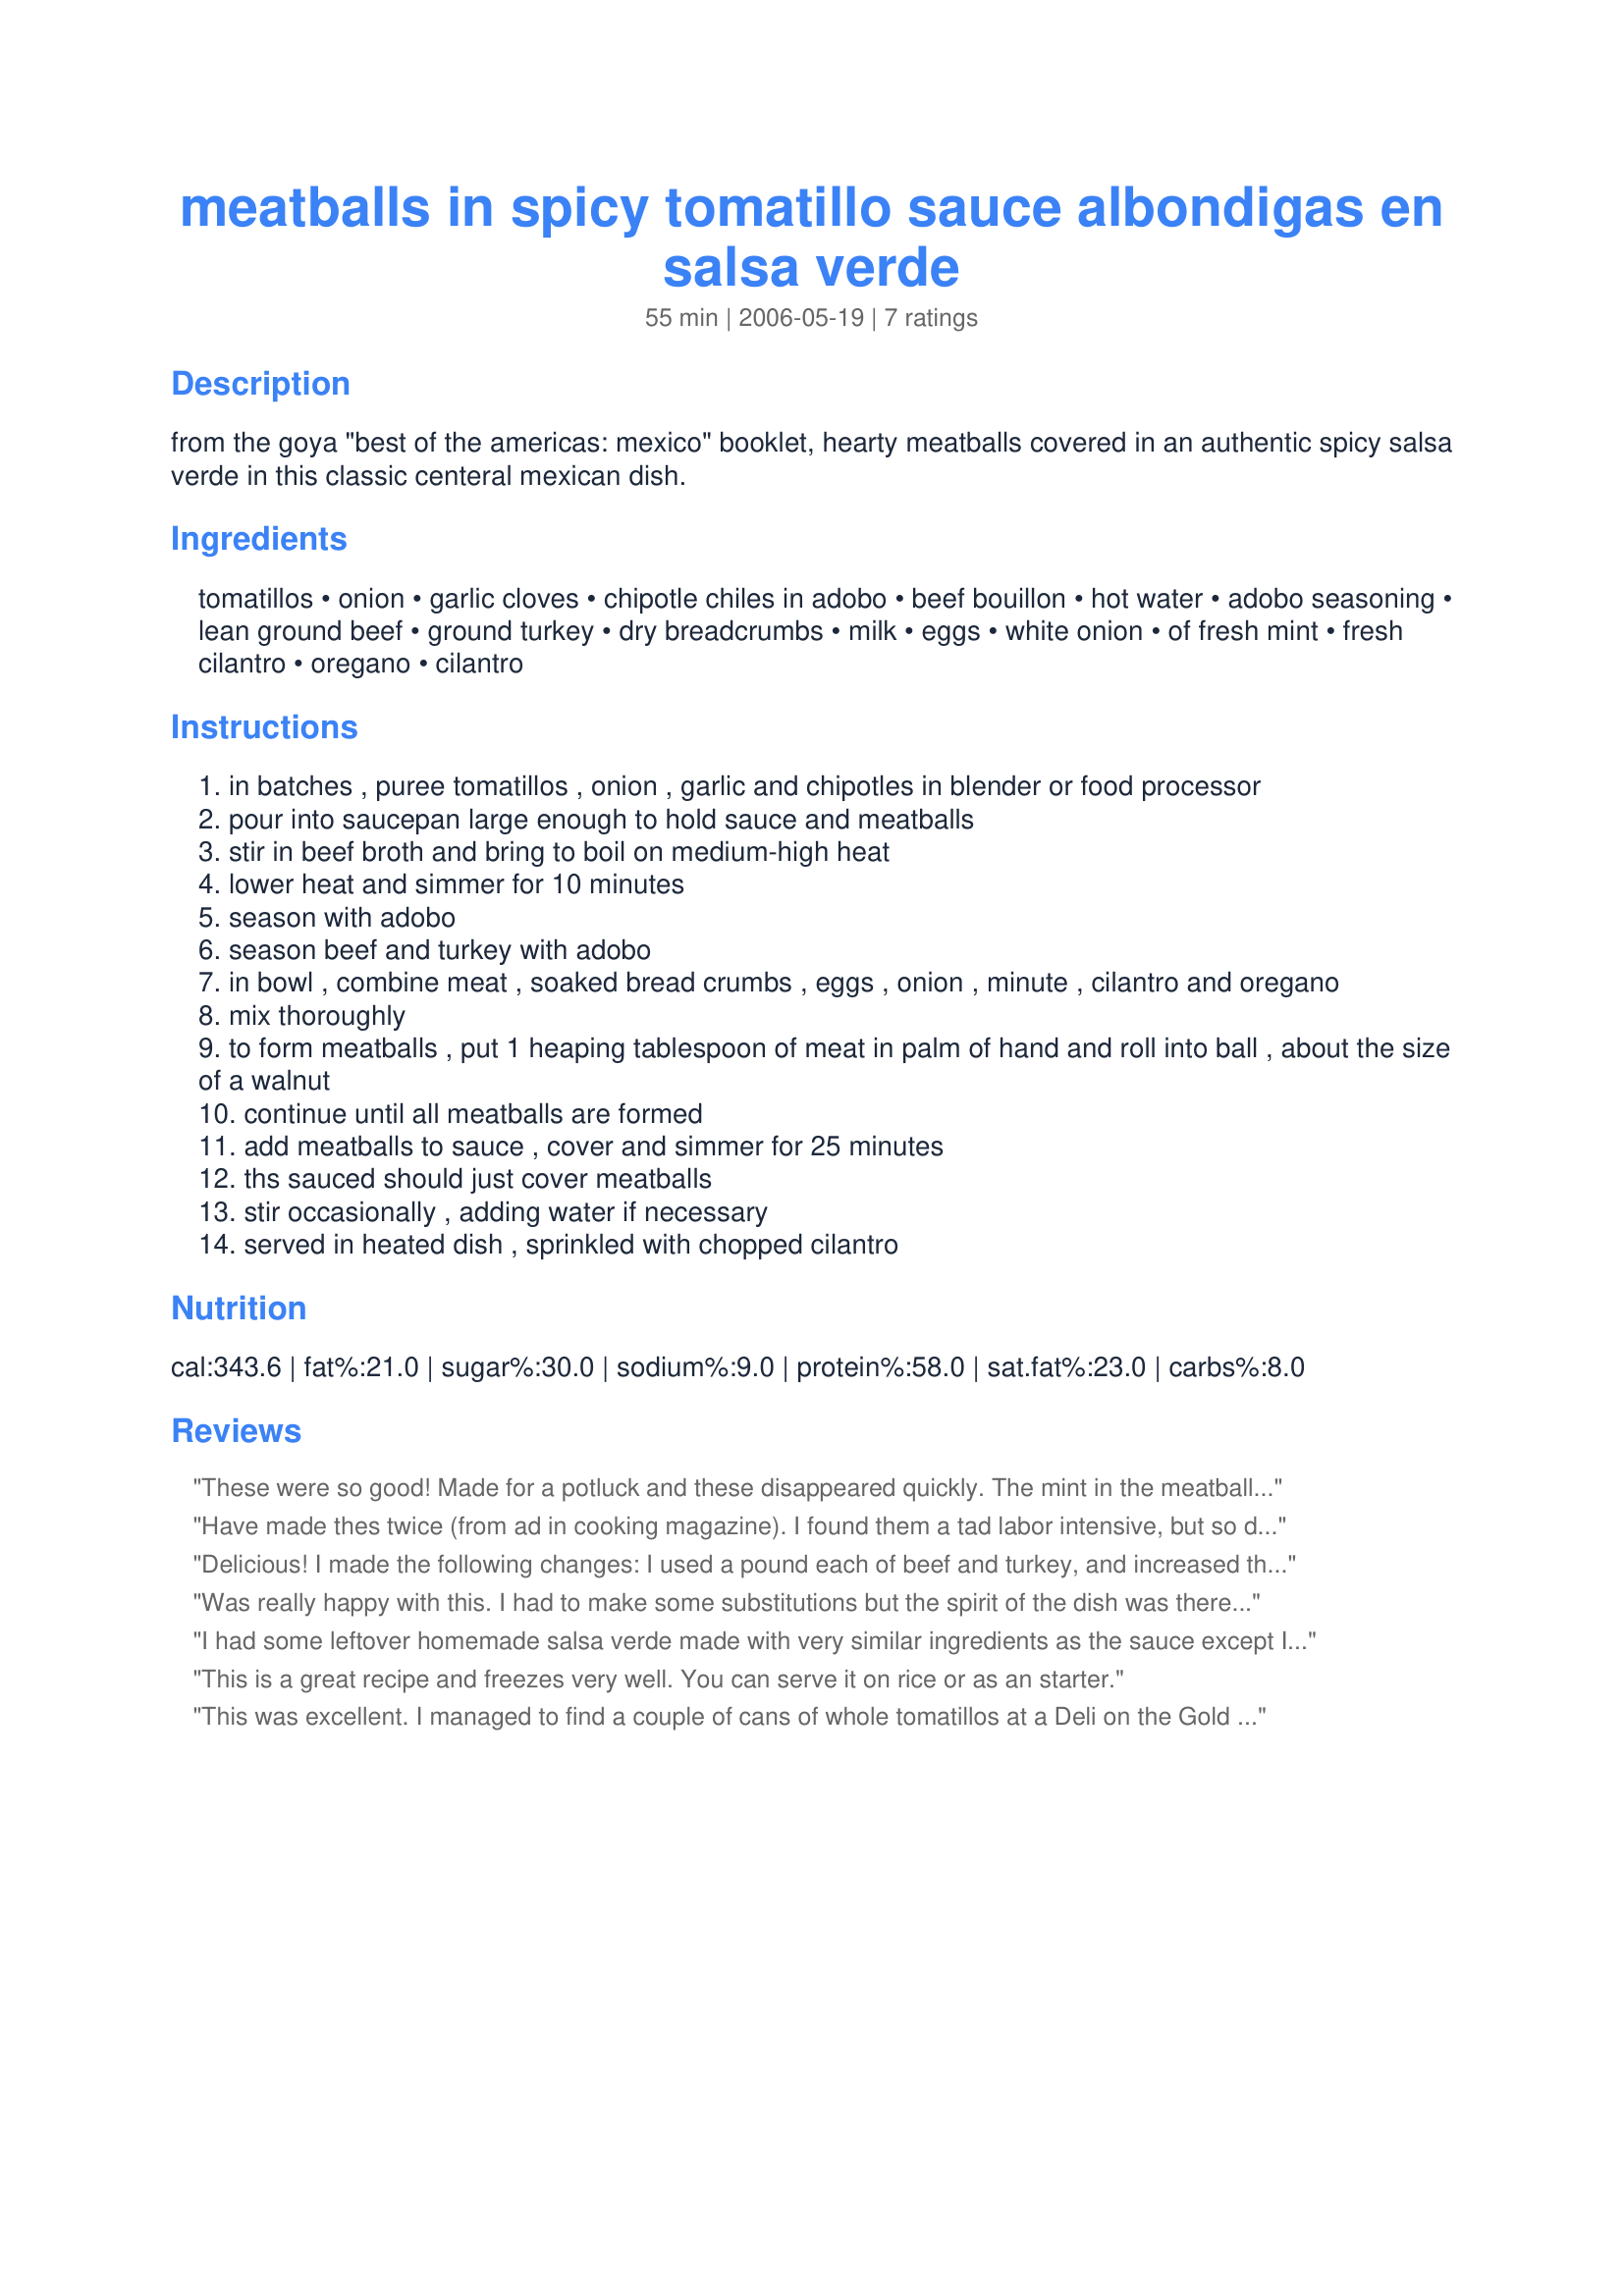
meatballs in spicy tomatillo sauce albondigas en salsa verde
Preparation time: 55 minutes

from the goya "best of the americas: mexico" booklet, hearty meatballs covered in an authentic spicy salsa verde in this classic centeral mexican dish.

Ingredients:
tomatillos, onion, garlic cloves, chipotle chiles in adobo, beef bouillon, hot water, adobo seasoning, lean ground beef, ground turkey, dry breadcrumbs, milk, eggs, white onion, of fresh mint, fresh cilantro, oregano, cilantro

Steps:
in batches , puree tomatillos , onion , garlic and chipotles in blender or food processor
pour into saucepan large enough to hold sauce and meatballs
stir in beef broth and bring to boil on medium-high heat
lower heat and simmer for 10 minutes
season with adobo
season beef and turkey with adobo
in bowl , combine meat , soaked bread crumbs , eggs , onion , minute , cilantro and oregano
mix thoroughly
to form meatballs , put 1 heaping tablespoon of meat in palm of hand and roll into ball , about the size of a walnut
continue until all meatballs are formed
add meatballs to sauce , cover and simmer for 25 minutes
ths sauced should just cover meatballs
stir occasionally , adding water if necessary
served in heated dish , sprinkled with chopped cilantro

Reviews:
These were so good! Made for a potluck and these disappeared quickly. The mint in the meatballs was unexpected and added a nice change. The sauce was absolutely delicious, but I did cut back the chipotle to only one pepper. Made for ZWT8 Family Picks.
Have made thes twice (from ad in cooking magazine). I found them a tad labor intensive, but so delicious that the copy stays in front of my notebook. We even tried growing our own tomatillos, but I was too intimidated to use them. The canned version is wonderful, and I am inspired to make them again soon !!
Delicious! I made the following changes: I used a pound each of beef and turkey, and increased the broth by about a quarter cup. Being a wise guy, I used additional chipotles, making this a very spicy meal. I'm generally not a fan of cilantro, but in this recipe it's just right. I served with bread for mopping up the sauce. Very nice recipe, thank you.
Was really happy with this. I had to make some substitutions but the spirit of the dish was there ... I used 100% turkey, a dried chile instead of canned ones, and made my own "adobo" seasoning, based on a recipe I found here. Thanks for posting. By the way ... Goya adobo seasoning is mostly MSG ... YUK! :) Update: When I made this, I froze half for another day. I just wanted to mention that it froze beautifully and was probably better the second time around! I froze the meatballs right in the sauce and reheated them in the microwave.
I had some leftover homemade salsa verde made with very similar ingredients as the sauce except I had to add the beef broth and due to time factor I used frozen beef meatballs. This recipe rocks and I am pleased to see that it will freeze well and am glad somebody mentioned to serve over rice as I was wondering how to serve it although it is fabulous right out of the pan as is. I love growing tomatillos and had a glut of those green gems from 7 plants this year so I have been trying alot of new tomatillo recipes.
This is a great recipe and freezes very well. You can serve it on rice or as an starter.
This was excellent. I managed to find a couple of cans of whole tomatillos at a Deli on the Gold Coast and made this on Gingernuts recommendation. Very different for us but very yummy and extremely easy to make. Love the freshness the herbs gave the meatballs. I used lamb and pork mince. Make sure you wet your hands when making the meatballs. Served over rice.
